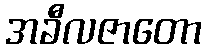
အခီလဇာတော